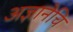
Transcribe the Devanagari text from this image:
अज्ञानेचि